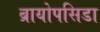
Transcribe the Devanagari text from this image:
ब्रायोपसिडा